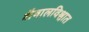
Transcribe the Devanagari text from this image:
शैवालविश्वात